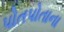
પોતપોતાના